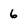
Character: 6